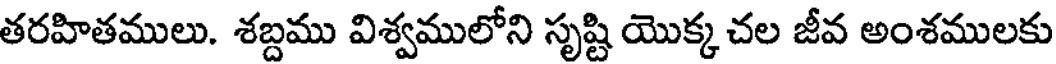
తరహితములు. శబ్దము విశ్వములోని సృష్టి యొక్క చల జీవ అంశములకు